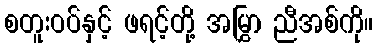
စတူးဝပ်နှင့် ဖရင့်တို့ အမြွှာ ညီအစ်ကို။